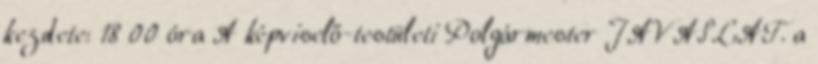
kezdete: 18 00 óra A képviselő-testületi Polgármester JAVASLAT. a